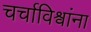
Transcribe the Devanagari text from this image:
चर्चाविश्वांना